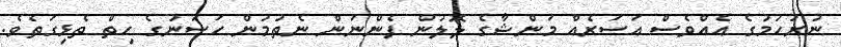
ނުރުހުމުގެ އެއްވެސް އަސަރެއް މަންޝާގެ ލޮލުން ފެންނަން ނެތުމުން ހަސަނުގެ ހިތް ތެޅިގަތެވެ.